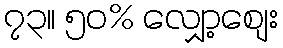
၇၃။ ၅၀% လျှော့စျေး